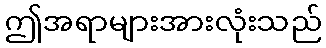
ဤအရာများအားလုံးသည်